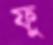
ফু